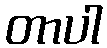
တာပါ